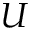
{ \cal U }